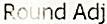
ROUND ADJ